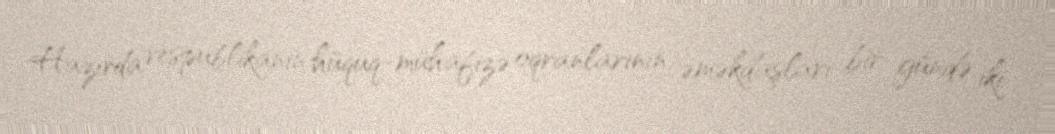
Hazırda respublikanın hüquq-mühafizə oqranlarının əməkdaşları bir gündə iki